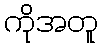
ကိုအတူ